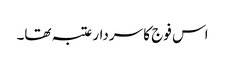
اس فوج کا سردار عتبہ تھا۔